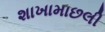
શાખામાછલી